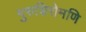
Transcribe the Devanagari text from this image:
गुरुशिरोमणि